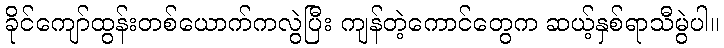
ခိုင်ကျော်ထွန်းတစ်ယောက်ကလွဲပြီး ကျန်တဲ့ကောင်တွေက ဆယ့်နှစ်ရာသီမွဲပါ။